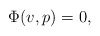
\begin{align*}\Phi(v,p) = 0,\end{align*}